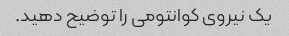
یک نیروی کوانتومی را توضیح دهید.